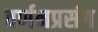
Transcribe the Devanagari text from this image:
वर्णनप्रसंग